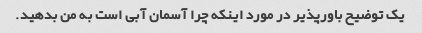
یک توضیح باورپذیر در مورد اینکه چرا آسمان آبی است به من بدهید.